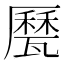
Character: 㽁